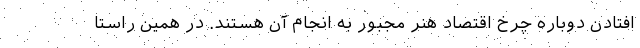
افتادن دوباره چرخ اقتصاد هنر مجبور به انجام آن هستند. در همین راستا